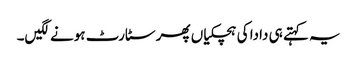
یہ کہتے ہی دادا کی ہچکیاں پھر سٹارٹ ہونے لگیں۔